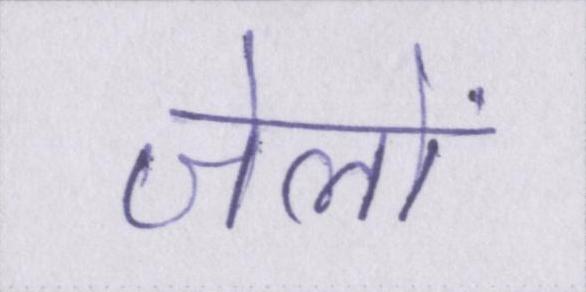
जेलों